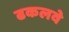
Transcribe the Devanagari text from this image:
ढकलवे